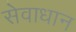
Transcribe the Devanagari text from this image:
सेवाधान